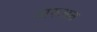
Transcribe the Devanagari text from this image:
शरुअत